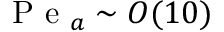
\mathrm { ~ P ~ e ~ } _ { a } \sim O ( 1 0 )